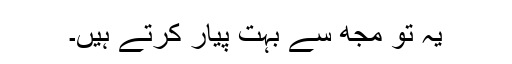
یہ تو مجھ سے بہت پیار کرتے ہیں۔